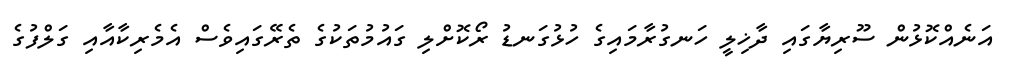
އަނެއްކޮޅުން ސޫރިޔާގައި ދާޚިލީ ހަނގުރާމައިގެ ހުޅުގަނޑު ރޯކޮށްލި ގައުމުތަކުގެ ތެރޭގައިވެސް އެމެރިކާއާއި ގަލްފުގެ